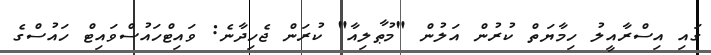
ގައި އިސްރާއީލު ހިމާޔަތް ކުރުން އަލުން "މުޠާލިއާ" ކުރަން ޖެހިދާނެ: ވައިޓްހައުސްވައިޓް ހައުސްގެ